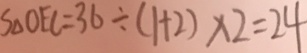
S _ { \Delta } O E C = 3 6 \div ( 1 + 2 ) \times 2 = 2 4